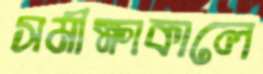
সমীক্ষাকালে